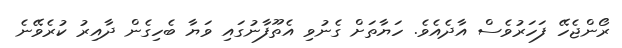
ރޯންޖެހޭ ފަހަރުވެސް އާދެއެވެ. ހަޔާތަށް ގެނުވި އެތޫފާނުގައި ވަޔާ ބެހިގެން ދާއިރު ކުރެވޭނެ